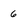
Character: 6